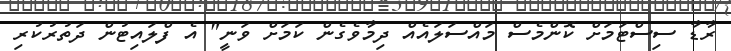
ރާޑާ ސިސްޓަމަށް ކޮންމެސް މައްސަލައެއް ދިމާވެގެން ކަމަށް ވަނީ" އެ ފްލައިޓުން ދަތުރުކުރި